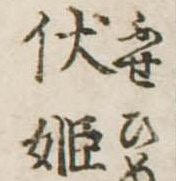
伏姫